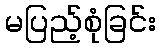
မပြည့်စုံခြင်း